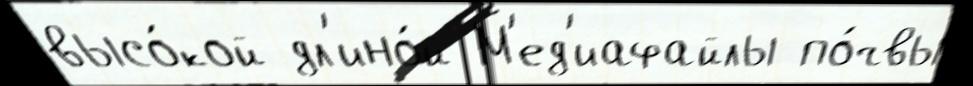
высо́кой дл'ино́й М'ед'иафайлы по́чвы